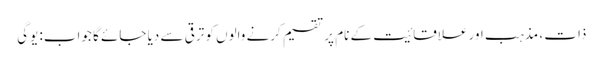
ذات ، مذہب اور علاقائیت کے نام پر تقسیم کرنے والوں کو ترقی سے دیا جائے گا جواب: یوگی